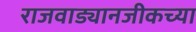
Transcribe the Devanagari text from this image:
राजवाड्यानजीकच्या